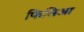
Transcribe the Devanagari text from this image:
फिसिआ